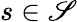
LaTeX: s\in\mathscr{S}